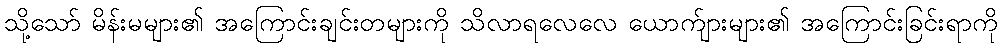
သို့သော် မိန်းမများ၏ အကြောင်းချင်းတများကို သိလာရလေလေ ယောက်ျားများ၏ အကြောင်းခြင်းရာကို